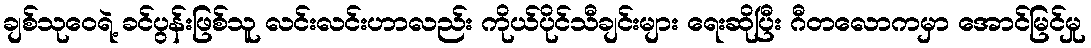
ချစ်သုဝေရဲ့ ခင်ပွန်းဖြစ်သူ လင်းလင်းဟာလည်း ကိုယ်ပိုင်သီချင်းများ ရေးဆိုပြီး ဂီတလောကမှာ အောင်မြင်မှု